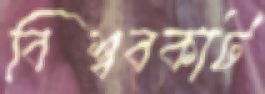
বিশ্ববকাট